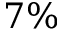
7 \%